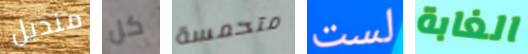
منديل كل متحمسة لست الغابة